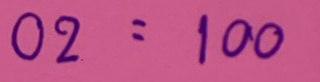
02  = 100